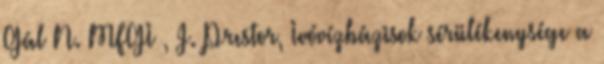
Gál N. MFGI , J. Prestor, Ivóvízbázisok sérülékenysége a